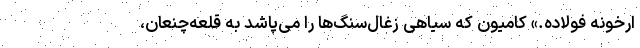
ارخونه فولاده.» کامیون که سیاهی زغال‌سنگ‌ها را می‌پاشد به قلعه‌چنعان،